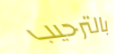
بالترحيب